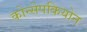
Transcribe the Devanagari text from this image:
कोन्सेपकियोन